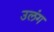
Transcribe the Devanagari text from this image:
उलंग